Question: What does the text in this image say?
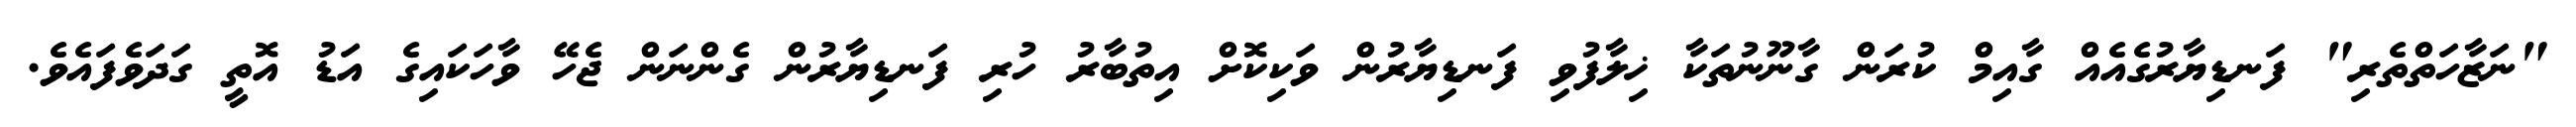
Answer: "ނަޒާހަތްތެރި" ފަނޑިޔާރުގެއެއް ގާއިމް ކުރަން ގާނޫނުތަކާ ޚިލާފުވި ފަނޑިޔާރުން ވަކިކޮށް އިތުބާރު ހުރި ފަނޑިޔާރުން ގެންނަން ޖެހޭ ވާހަކައިގެ އަޑު އޮތީ ގަދަވެފައެވެ.